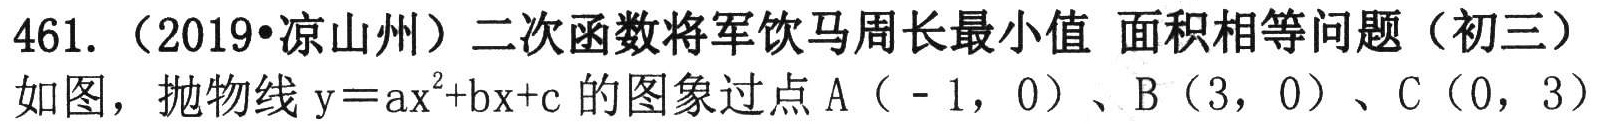
461.（2019•凉山州）二次函数将军饮马周长最小值 面积相等问题（初三）
如图，抛物线\(y = ax^{2}+bx + c\)的图象过点\(A(-1,0)\)、\(B(3,0)\)、\(C(0,3)\)